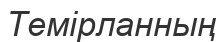
Темірланның